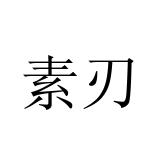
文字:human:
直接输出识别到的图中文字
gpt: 素刃